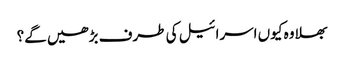
بھلا وہ کیوں اسرائیل کی طرف بڑھیں گے؟